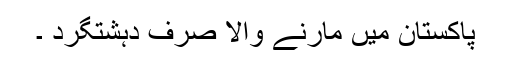
پاکستان میں مارنے والا صرف دہشتگرد ۔